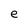
Character: e